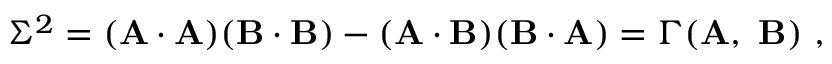
\Sigma ^ { 2 } = ( \mathbf { A \cdot A } ) ( \mathbf { B \cdot B } ) - ( \mathbf { A \cdot B } ) ( \mathbf { B \cdot A } ) = \Gamma ( \mathbf { A } , \ \mathbf { B } ) \ ,